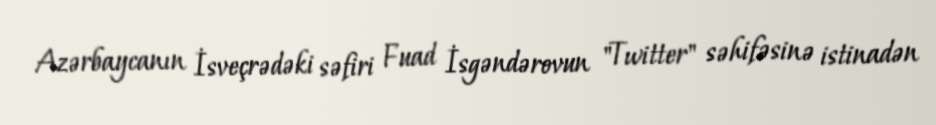
Azərbaycanın İsveçrədəki səfiri Fuad İsgəndərovun "Twitter" səhifəsinə istinadən